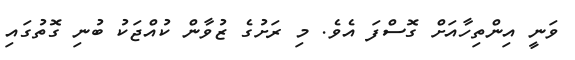
ވަނީ އިންތިހާއަށް ގޮސްފަ އެވެ. މި ރަށުގެ ޒުވާން ކުއްޖަކު ބުނި ގޮތުގައި